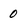
Character: 0